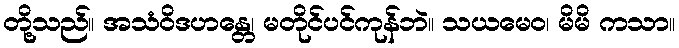
တို့သည်။ အသံဝိဒဟန္တေ၊ မတိုင်ပင်ကုန်ဘဲ။ သယမေဝ၊ မိမိ ကသာ။